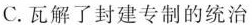
C.瓦解了封建专制的统治